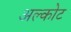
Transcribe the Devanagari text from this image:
अल्कोट